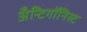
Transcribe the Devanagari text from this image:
अँन्टिगॉनिस्ट